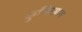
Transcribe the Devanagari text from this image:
कुंभिरग्राम